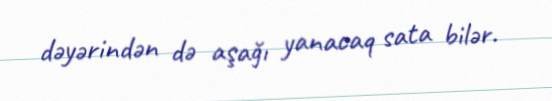
dəyərindən də aşağı yanacaq sata bilər.